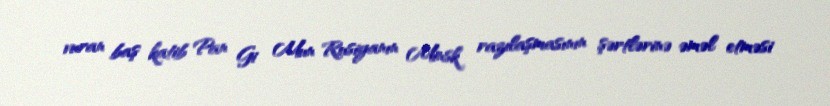
vuran baş katib Pan Gi Mun Rusiyanın Minsk razılaşmasının şərtlərinə əməl etməsi